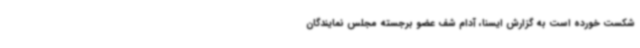
شکست خورده است به گزارش ایسنا، آدام شف عضو برجسته مجلس نمایندگان